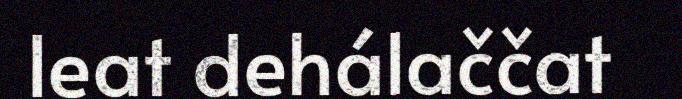
leat dehálaččat